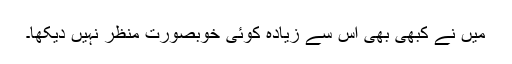
میں نے کبھی بھی اس سے زیادہ کوئی خوبصورت منظر نہیں دیکھا۔